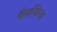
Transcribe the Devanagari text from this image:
पैराफिन।